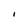
Character: I